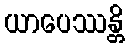
ယာပေဿန္တိ